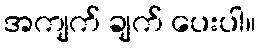
အကျက် ချက် ပေးပါ။